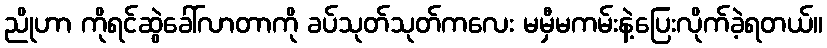
ညိုဟာ ကိုရင်ဆွဲခေါ်လာတာကို ခပ်သုတ်သုတ်ကလေး မမှီမကမ်းနဲ့ပြေးလိုက်ခဲ့ရတယ်။